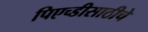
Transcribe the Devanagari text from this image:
पिएच्डीसाठीचे